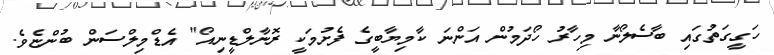
ހަގީގަތުގައި ބާސެލޯނާ މިހާރު ހޯދަމުން އަންނަ ކާމިޔާބީގެ ފެށުމަކީ ރޮނާލްޑީނިއޯ" އެޑްމިލްސަން ބުންޏެވެ.